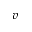
\boldsymbol { v }